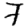
Digit: 7